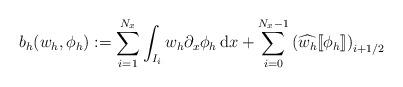
LaTeX: \begin{align*}b_h(w_h,\phi_h) := \sum_{i = 1}^{N_x}\int_{I_i}w_h\partial_x \phi_h \,{\rm d}x + \sum_{i = 0}^{N_x-1}\left(\widehat{w_h}[\![\phi_h]\!]\right)_{i+1/2}\end{align*}